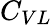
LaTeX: C_{VL}